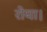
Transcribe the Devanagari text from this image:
रोया।